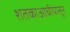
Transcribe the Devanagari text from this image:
शतकाआघीपासून